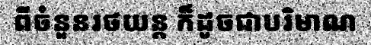
ពីចំនួនរថយន្ត ក៏ដូចជាបរិមាណ